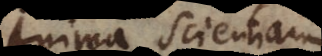
Anima scientiarum